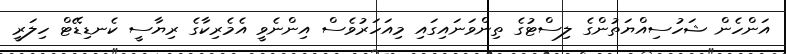
އަންހެން ޝަހުސިއްޔަތުންގެ ލިސްޓުގެ ތިންވަނައިގައި މިއަހަރުވެސް އިންނެވީ އެމެރިކާގެ ރިޔާސީ ކެނޑިޑޭޓް ހިލަރީ